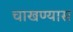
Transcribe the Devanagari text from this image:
चाखण्यास